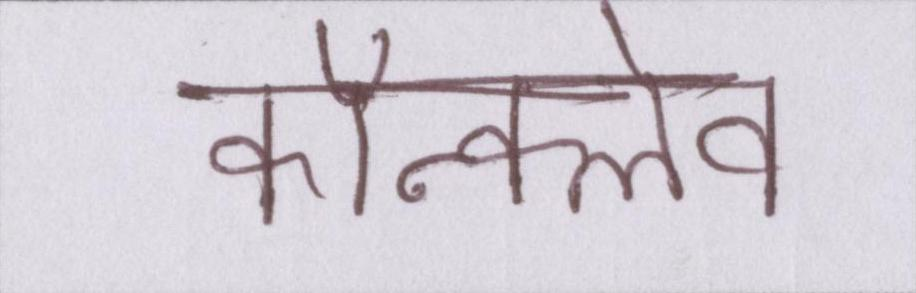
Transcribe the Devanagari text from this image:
कॉन्क्लेव